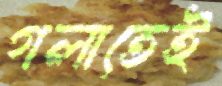
গলাতেই